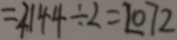
= 4 1 4 4 \div 2 = 2 0 7 2